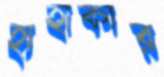
হাহাকার